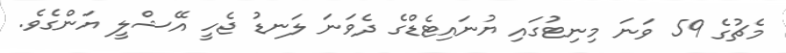
މެޗުގެ 59 ވަނަ މިނިޓުގައި ޔުނައިޓެޑްގެ ދެވަނަ ލަނޑު ޖެހީ އޭޝްލީ ޔަންގެވެ.